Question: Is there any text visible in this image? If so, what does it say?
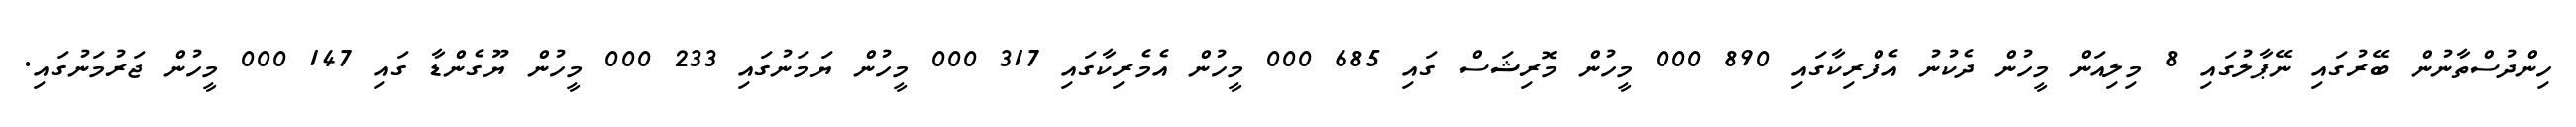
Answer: ހިންދުސްތާނުން ބޭރުގައި ނޭޕާލުގައި 8 މިލިއަން މީހުން ދެކުނު އެފްރިކާގައި 890 000 މީހުން މޮރިޝަސް ގައި 685 000 މީހުން އެމެރިކާގައި 317 000 މީހުން ޔަމަނުގައި 233 000 މީހުން ޔޫގެންޑާ ގައި 147 000 މީހުން ޖަރުމަނުގައި.